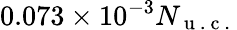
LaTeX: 0.073\times 10^{-3}N_{\mathrm{~u~.~c~.~}}